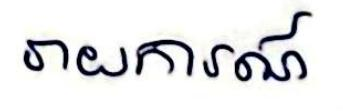
រាយការណ៍